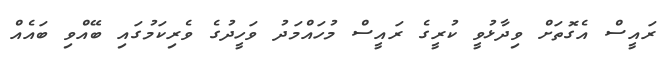
ރައީސް އެގޮތަށް ވިދާޅުވީ ކުރީގެ ރައީސް މުހައްމަދު ވަހީދުގެ ވެރިކަމުގައި ބޭއްވި ބައެއް